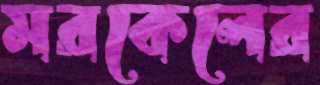
মরকেলের